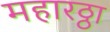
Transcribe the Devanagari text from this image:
महारठ्ठा